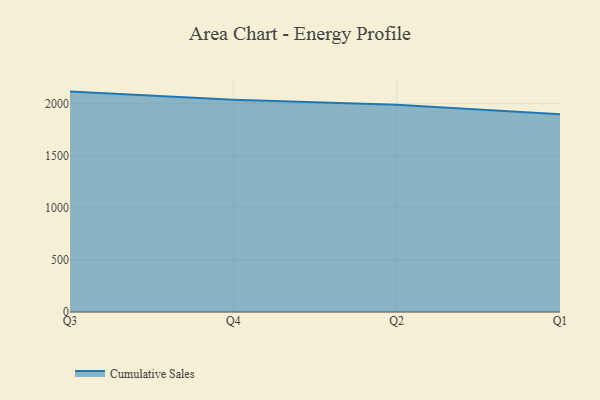
{"axis": {"x": "Quarter", "y": "Conversion Rate (%)"}, "legend": ["Cumulative Sales"], "data": [{"x": "Q3", "y": 2116.1, "type": "Cumulative Sales"}, {"x": "Q4", "y": 2037.6, "type": "Cumulative Sales"}, {"x": "Q2", "y": 1989.8, "type": "Cumulative Sales"}, {"x": "Q1", "y": 1899.3, "type": "Cumulative Sales"}]}